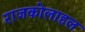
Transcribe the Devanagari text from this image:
राजकोलाहल